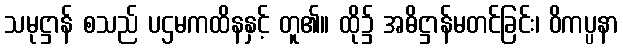
သမုဋ္ဌာန် စသည် ပဌမကထိနနှင့် တူ၏။ ထို၌ အဓိဋ္ဌာန်မတင်ခြင်း၊ ဝိကပ္ပနာ